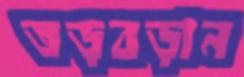
তড়বড়ান